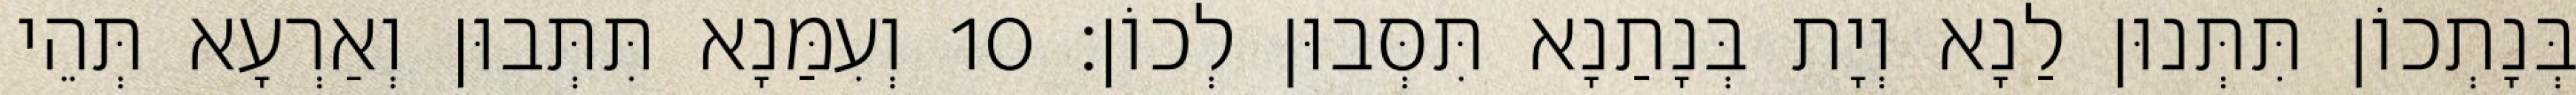
בְּנָתְכוֹן תִּתְּנוּן לַנָא וְיָת בְּנָתַנָא תִּסְּבוּן לְכוֹן׃ 10 וְעִמַּנָא תִּתְּבוּן וְאַרְעָא תְּהֵי